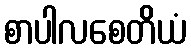
စာပါလစေတိယံ